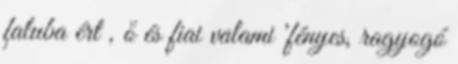
faluba ért , ő és fiai valami 'fényes, ragyogó